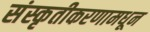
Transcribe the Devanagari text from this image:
संस्कृतीकरणामधून